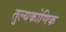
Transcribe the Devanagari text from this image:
तुल्यकोणिक